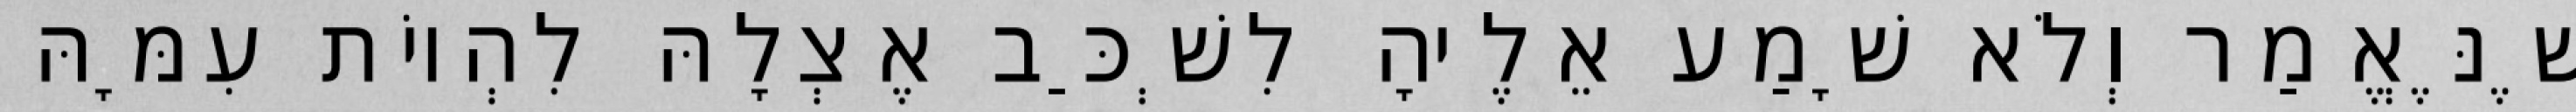
שֶׁנֶּאֱמַר וְלֹא שָׁמַע אֵלֶיהָ לִשְׁכַּב אֶצְלָהּ לִהְיוֹת עִמָּהּ